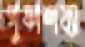
পুষ্পশয্যা